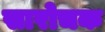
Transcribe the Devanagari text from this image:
सारोचक